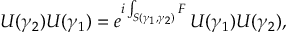
U ( \gamma _ { 2 } ) U ( \gamma _ { 1 } ) = e ^ { i \int _ { S ( \gamma _ { 1 } , \gamma _ { 2 } ) } F } \, U ( \gamma _ { 1 } ) U ( \gamma _ { 2 } ) ,